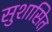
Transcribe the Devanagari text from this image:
सुशासित